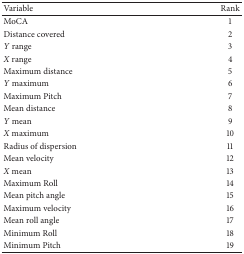
<table><thead><tr><td><b>Variable</b></td><td><b>Rank</b></td></tr></thead><tbody><tr><td>MoCA</td><td>1</td></tr><tr><td>Distance covered</td><td>2</td></tr><tr><td><i>Y</i> range</td><td>3</td></tr><tr><td><i>X</i> range</td><td>4</td></tr><tr><td>Maximum distance</td><td>5</td></tr><tr><td><i>Y</i> maximum</td><td>6</td></tr><tr><td>Maximum Pitch</td><td>7</td></tr><tr><td>Mean distance</td><td>8</td></tr><tr><td><i>Y</i> mean</td><td>9</td></tr><tr><td><i>X</i> maximum</td><td>10</td></tr><tr><td>Radius of dispersion</td><td>11</td></tr><tr><td>Mean velocity</td><td>12</td></tr><tr><td><i>X</i> mean</td><td>13</td></tr><tr><td>Maximum Roll</td><td>14</td></tr><tr><td>Mean pitch angle</td><td>15</td></tr><tr><td>Maximum velocity</td><td>16</td></tr><tr><td>Mean roll angle</td><td>17</td></tr><tr><td>Minimum Roll</td><td>18</td></tr><tr><td>Minimum Pitch</td><td>19</td></tr></tbody></table>